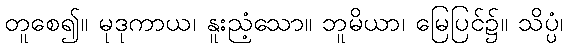
တူစေ၍။ မုဒုကာယ၊ နူးညံ့သော။ ဘူမိယာ၊ မြေပြင်၌။ သိပ္ပံ၊